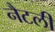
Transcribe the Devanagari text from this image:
नैटली